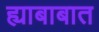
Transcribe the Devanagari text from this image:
ह्याबाबात